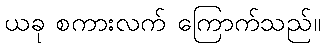
ယခု စကားလက် ကြောက်သည်။